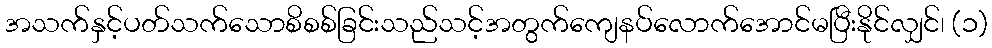
အသက်နှင့်ပတ်သက်သောစိစစ်ခြင်းသည်သင့်အတွက်ကျေနပ်လောက်အောင်မပြီးနိုင်လျှင်၊ (၁)